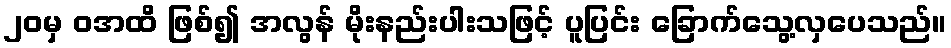
၂၀မှ ဝအထိ ဖြစ်၍ အလွန် မိုးနည်းပါးသဖြင့် ပူပြင်း ခြောက်သွေ့လှပေသည်။